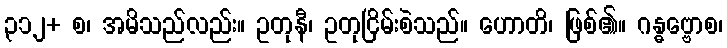
၃၁၂+ စ၊ အမိသည်လည်း။ ဥတုနီ၊ ဥတုငြိမ်းစဲသည်။ ဟောတိ၊ ဖြစ်၏။ ဂန္ဓဗ္ဗောစ၊